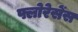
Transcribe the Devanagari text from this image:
फ्लोरेसेंस